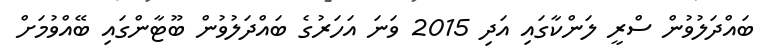
ބައްދަލުވުން ސްރީ ލަންކާގައި އަދި 2015 ވަނަ އަހަރުގެ ބައްދަލުވުން ބޫޓާންގައި ބޭއްވުމަށް